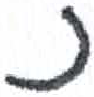
אות: נ